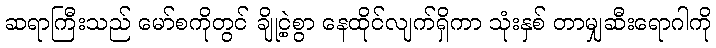
ဆရာကြီးသည် မော်စကိုတွင် ချို့ငဲ့စွာ နေထိုင်လျက်ရှိကာ သုံးနှစ် တာမျှဆီးရောဂါကို